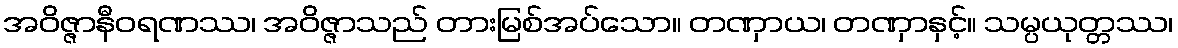
အဝိဇ္ဇာနီဝရဏဿ၊ အဝိဇ္ဇာသည် တားမြစ်အပ်သော။ တဏှာယ၊ တဏှာနှင့်။ သမ္ပယုတ္တဿ၊